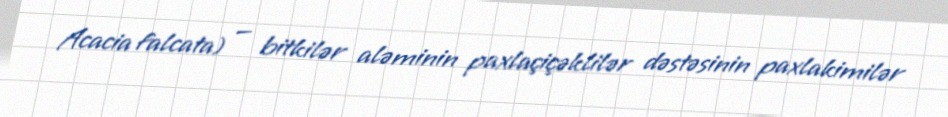
Acacia falcata) — bitkilər aləminin paxlaçiçəklilər dəstəsinin paxlakimilər